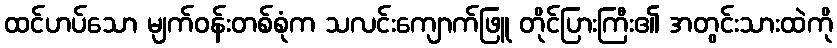
ထင်ဟပ်သော မျက်ဝန်းတစ်စုံက သလင်းကျောက်ဖြူ တိုင်ပြားကြီး၏ အတွင်းသားထဲကို